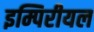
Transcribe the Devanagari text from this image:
इम्पिरीयल